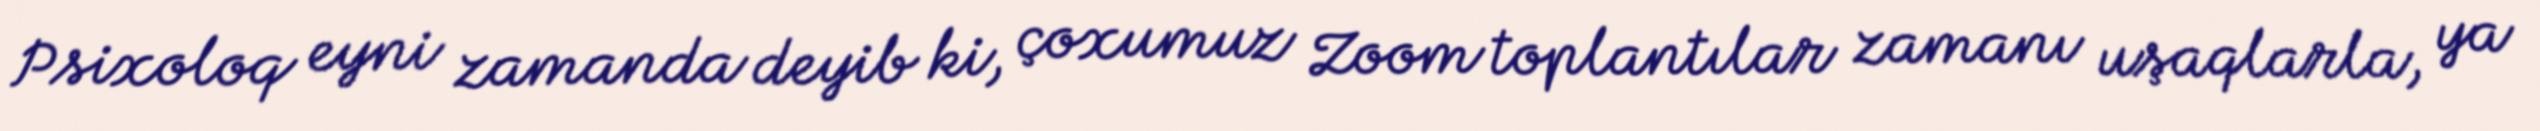
Psixoloq eyni zamanda deyib ki, çoxumuz Zoom toplantılar zamanı uşaqlarla, ya